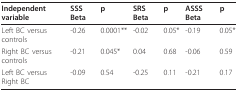
<table><thead><tr><td><b>Independentvariable</b></td><td><b>SSS Beta</b></td><td><b>p</b></td><td><b>SRS Beta</b></td><td><b>p</b></td><td><b>ASSS Beta</b></td><td><b>p</b></td></tr></thead><tbody><tr><td>Left BC versus controls</td><td>-0.26</td><td>0.0001**</td><td>-0.02</td><td>0.05*</td><td>-0.19</td><td>0.05*</td></tr><tr><td>Right BC versus controls</td><td>-0.21</td><td>0.045*</td><td>0.04</td><td>0.68</td><td>-0.06</td><td>0.59</td></tr><tr><td>Left BC versus Right BC</td><td>-0.09</td><td>0.54</td><td>-0.25</td><td>0.11</td><td>-0.21</td><td>0.17</td></tr></tbody></table>